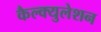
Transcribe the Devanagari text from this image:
कैल्क्युलेशन